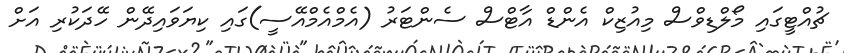
ޗުއްޓީގައި މޯލްޑިވްސް މިއުޒިކް އެންޑް އާޓްސް ސެންޓަރު (އެމްއެމްއޭސީ)ގައި ކިޔަވައިދޭން ހޭދަކުރި އަށް